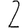
Digit: 2